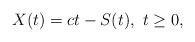
LaTeX: \begin{align*}X(t)=ct-S(t), \,\,t\geq 0,\end{align*}